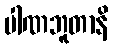
ပါဏဘူတာနိ